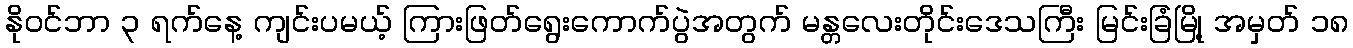
နိုဝင်ဘာ ၃ ရက်နေ့ ကျင်းပမယ့် ကြားဖြတ်ရွေးကောက်ပွဲအတွက် မန္တလေးတိုင်းဒေသကြီး မြင်းခြံမြို့ အမှတ် ၁၈